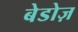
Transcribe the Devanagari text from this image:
बेडोज़